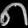
Digit: ၈